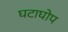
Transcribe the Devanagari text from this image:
घटाघोप